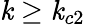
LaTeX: \mathit{k}\geq\mathit{k}_{c2}